Scottish Leaving Certificate Examination, 1954
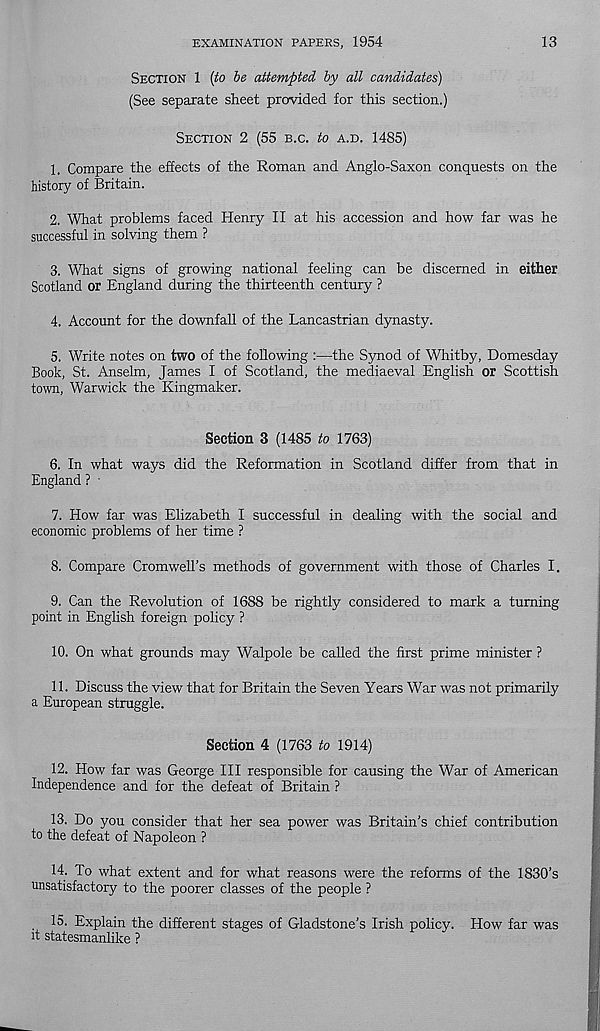
EXAMINATION PAPERS, 1954
13
SECTION 1 (to be attempted by all candidates)
(See separate sheet provided for this section.)
SECTION 2 (55 B.C. to A.D. 1485)
1. Compare the effects of the Roman and Anglo-Saxon conquests on the
history of Britain.
2. What problems faced Henry II at his accession and how far was he
successful in solving them ?
3. What signs of growing national feeling can be discerned in either
Scotland or England during the thirteenth century ?
4. Account for the downfall of the Lancastrian dynasty.
5. Write notes on two of the following :—the Synod of Whitby, Domesday
Book, St. Anselm, James I of Scotland, the mediaeval English or Scottish
town, Warwick the Kingmaker.
Section 3 (1485 to 1763)
6. In what ways did the Reformation in Scotland differ from that in
England ? •
7. How far was Elizabeth I successful in dealing with the social and
economic problems of her time ?
8. Compare Cromwell’s methods of government with those of Charles I.
9. Can the Revolution of 1688 be rightly considered to mark a turning
point in English foreign policy ?
10. On what grounds may Walpole be called the first prime minister ?
11. Discuss the view that for Britain the Seven Years War was not primarily
a European struggle.
Section 4 (1763 to 1914)
12. How far was George III responsible for causing the War of American
Independence and for the defeat of Britain ?
13. Do you consider that her sea power was Britain’s chief contribution
to the defeat of Napoleon ?
14. To what extent and for what reasons were the reforms of the 1830’s
unsatisfactory to the poorer classes of the people ?
15. Explain the different stages of Gladstone’s Irish policy. How far was
it statesmanlike ?